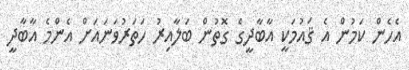
އެހެން ކަމުން އެ ޤައުމަކީ އާބާދީގެ ގޮތުން ބަލާއިރު ހަތަރުވަނައަށް އެންމެ އާބާދީ